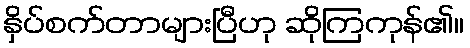
နှိပ်စက်တာများပြီဟု ဆိုကြကုန်၏။